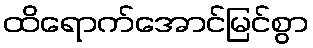
ထိရောက်အောင်မြင်စွာ